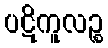
ပဋိကူလဉ္စ